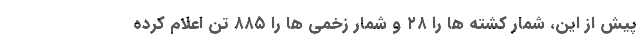
پیش از این، شمار کشته ها را ۲۸ و شمار زخمی ها را ۸۸۵ تن اعلام کرده